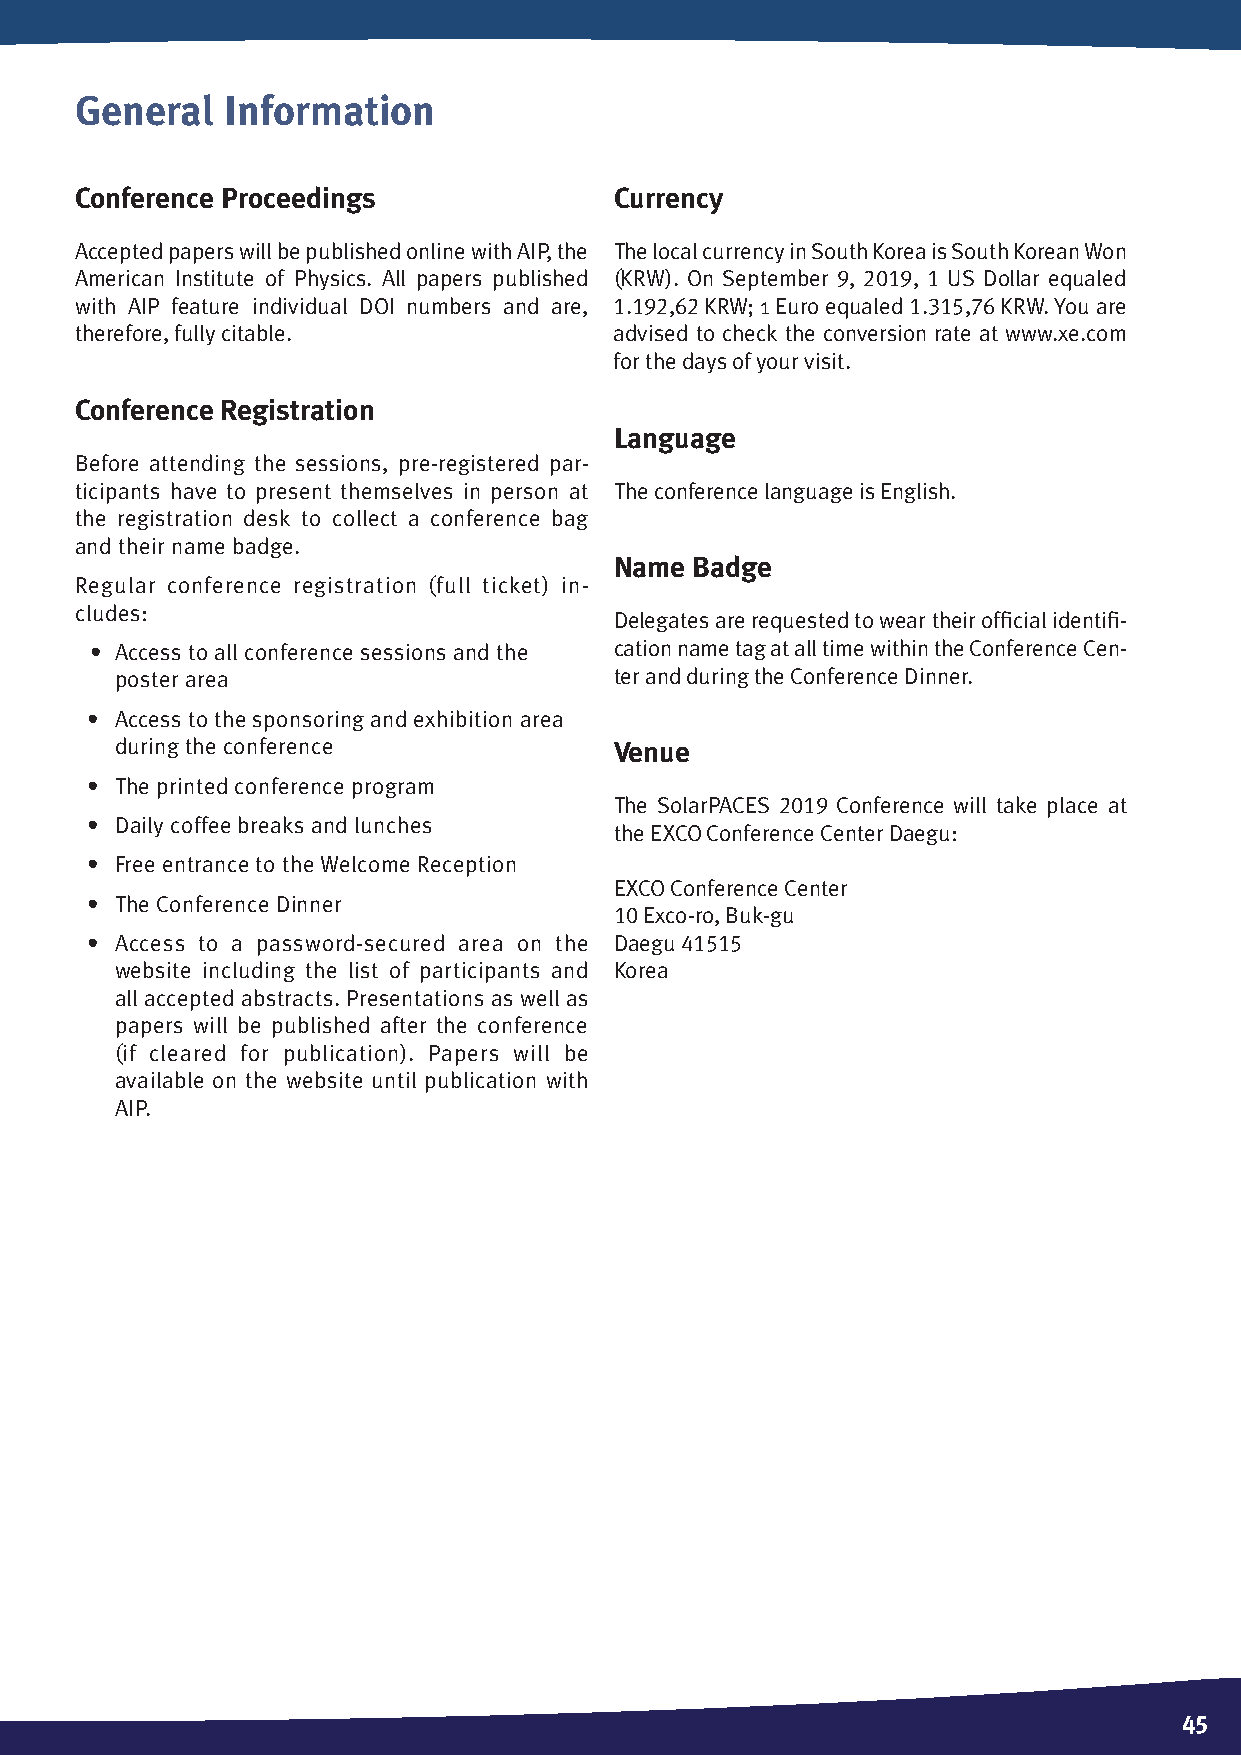
General   Information
 Conference Proceedings             Currency
 accepted papers will be published online with aIP, the The local currency in South Korea is South Korean Won
 american Institute of Physics. all papers published (KRW). on September 9, 2019, 1 US dollar equaled
 with aIP feature individual doI numbers and are, 1.192,62 KRW; 1 Euro equaled 1.315,76 KRW. You are
 therefore, fully citable.          advised to check the conversion rate at www.xe.com
 for the days of your visit.
 Conference Registration
 Language
 Before attending the sessions, pre-registered par-
 ticipants have to present themselves in person at The conference language is English.
 the registration desk to collect a conference bag
 and their name badge.
 Name  Badge
 Regular conference registration (full ticket) in-
 cludes:
 delegates are requested to wear their official identifi-
 • access to all conference sessions and the cation name tag at all time within the Conference Cen-
 poster area                      ter and during the Conference dinner.
 • access to the sponsoring and exhibition area
 during the conference            Venue
 • The printed conference program
 The SolarPaCES 2019 Conference will take place at
 • daily coffee breaks and lunches
 the EXCo Conference Center daegu:
 • Free entrance to the Welcome Reception
 EXCo Conference Center
 • The Conference dinner
 10 Exco-ro, Buk-gu
 • access to a password-secured area on the daegu 41515
 website including the list of participants and Korea
 all accepted abstracts. Presentations as well as
 papers will be published after the conference
 (if cleared for publication). Papers will be
 available on the website until publication with
 aIP.
 45